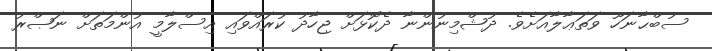
ސުބްޙާނަހޫ ވަތަޢާލާއަށެވެ. ދުޝްމިނުންނާ ދެކޮޅަށް ޖިހާދު ކުރައްވައި އިސްލާމީ އުންމަތަށް ނަޞްރު